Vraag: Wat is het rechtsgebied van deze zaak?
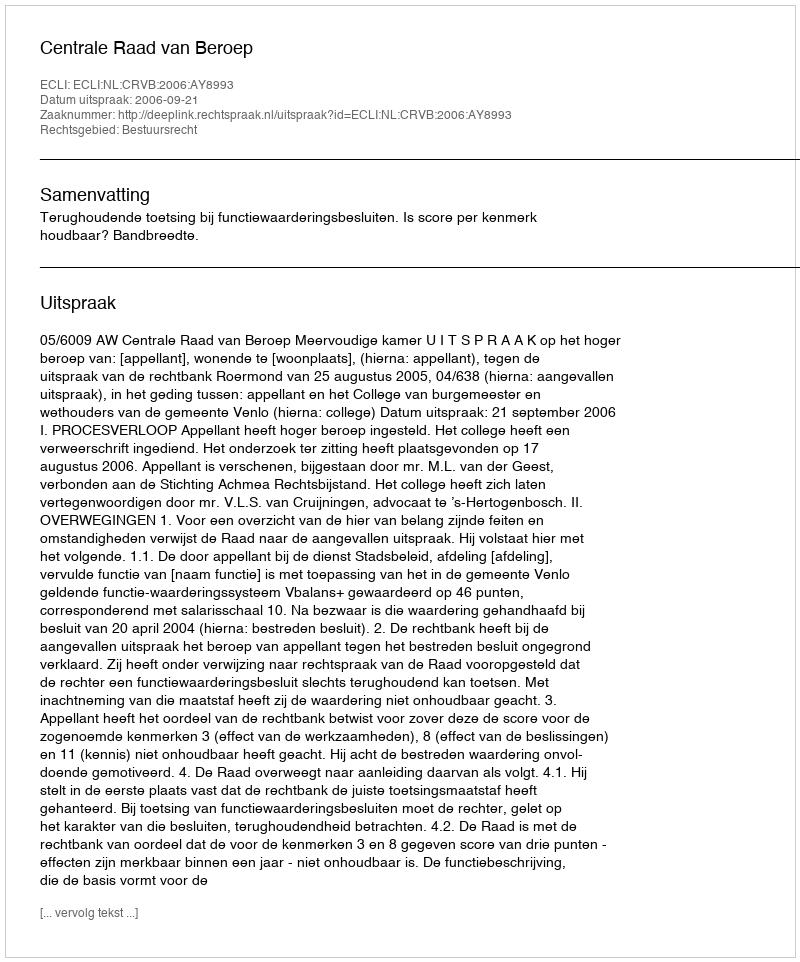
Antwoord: Bestuursrecht